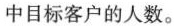
中目标客户的人数。